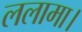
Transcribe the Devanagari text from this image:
ललामा।